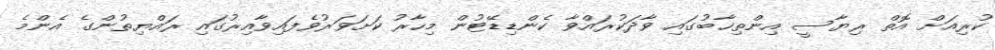
ކުރިއަށް އޮތް ރިޔާސީ އިންތިޚާބުގައި ވާދަކުރައްވާ ކެންޑިޑޭޓުން މިހާރު ކަށަވަރުވެފައިވާއިރުގައި ރައްޔިތުންގެ އެންމެ